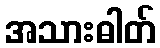
အသားဓါတ်